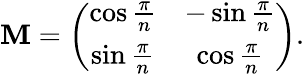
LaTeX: \mathbf{M}=\left(\begin{array}{cc}{{\cos\frac{\pi}{n}}}&{{-\sin\frac{\pi}{n}}}\\ {{\sin\frac{\pi}{n}}}&{{\cos\frac{\pi}{n}}}\end{array}\right).